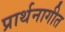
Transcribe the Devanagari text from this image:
प्रार्थनागीत